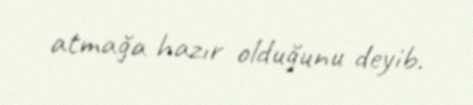
atmağa hazır olduğunu deyib.